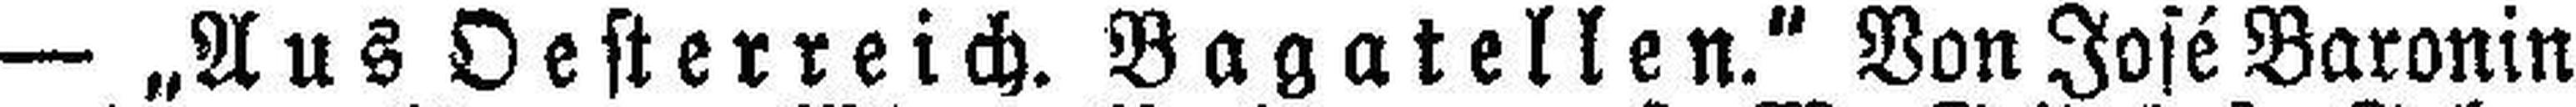
— „Aus Oesterreich. Bagatellen.“ Von José Baronin